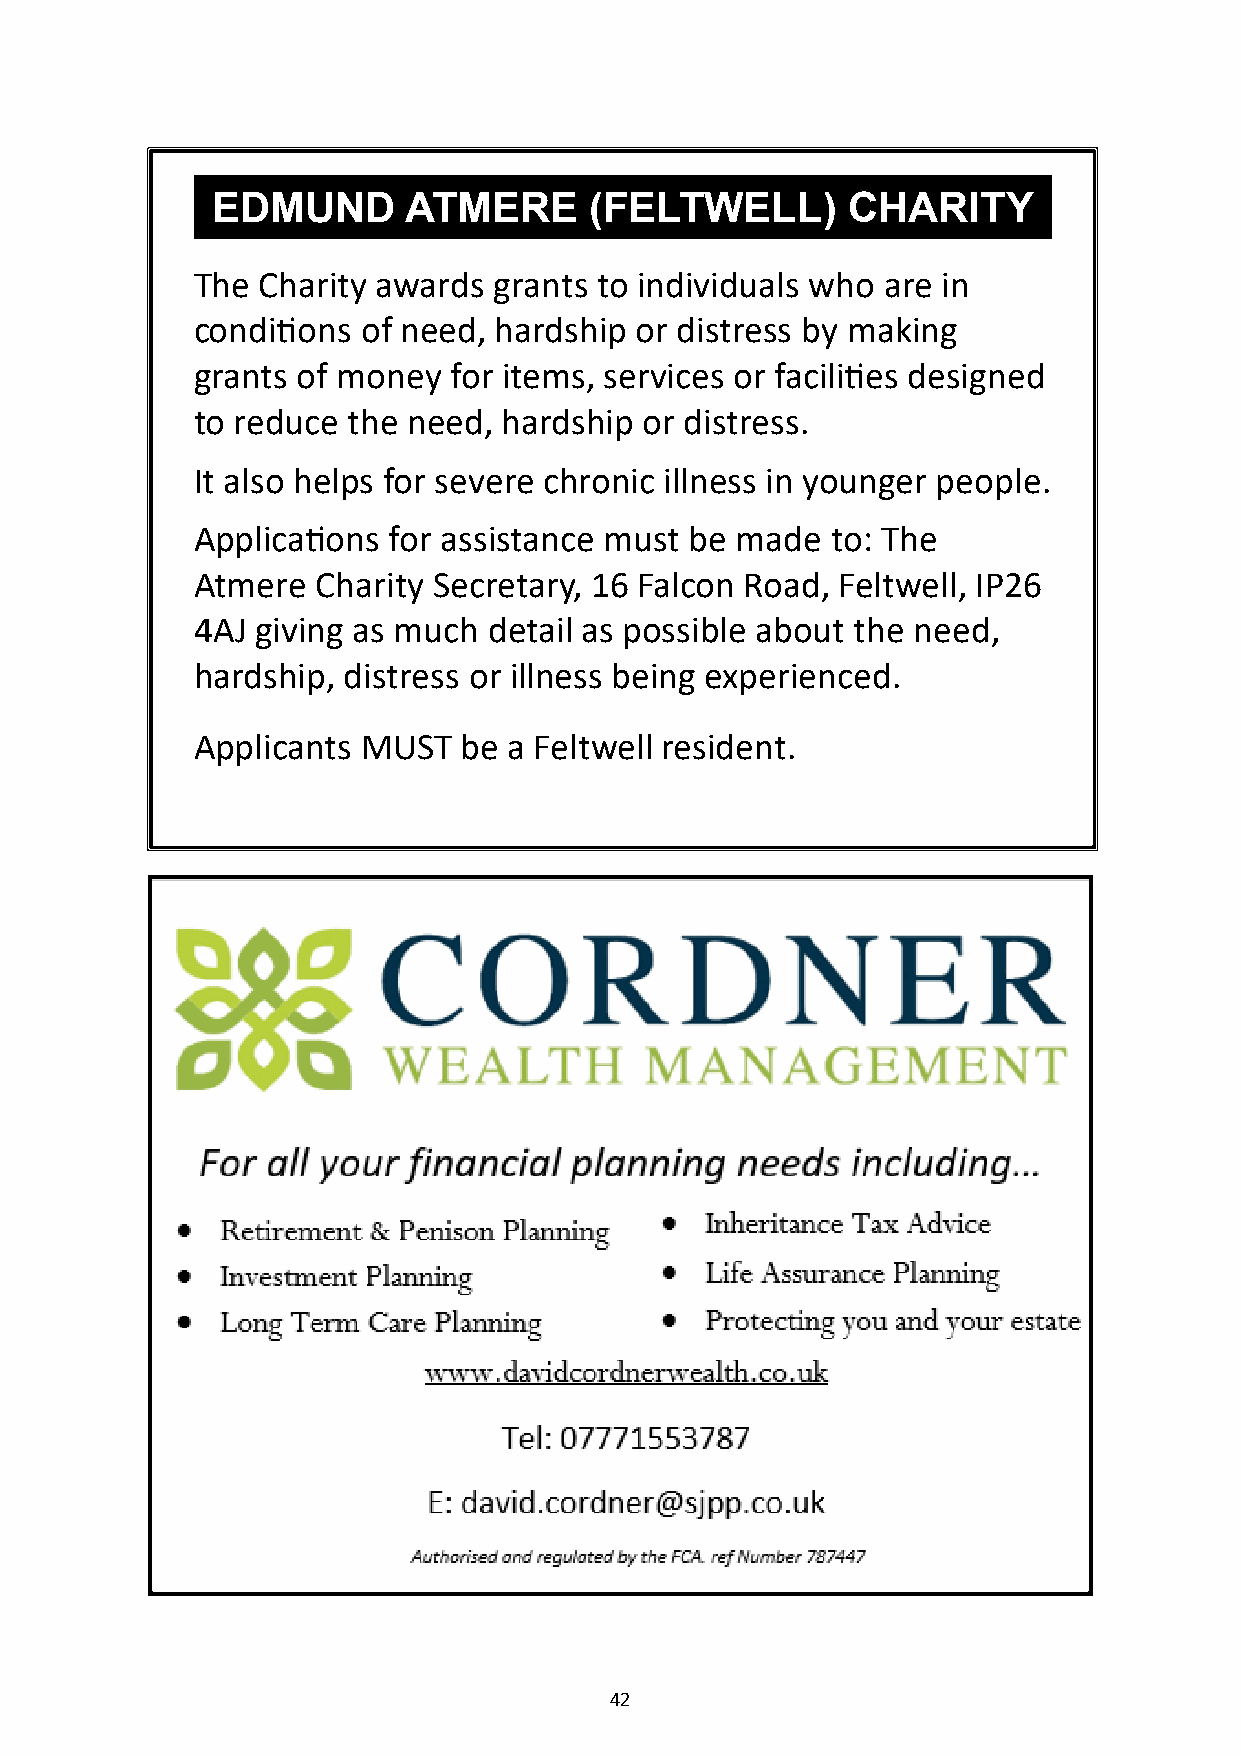
EDMUND       ATMERE      (FELTWELL)       CHARITY
 The Charity awards  grants to individuals who are in
 conditions of need, hardship or distress by making
 grants of money  for items, services or facilities designed
 to reduce the need, hardship  or distress.
 It also helps for severe chronic illness in younger people.
 Applications for assistance must be made  to: The
 Atmere  Charity Secretary, 16 Falcon Road, Feltwell, IP26
 4AJ giving as much detail as possible about the need,
 hardship, distress or illness being experienced.
 Applicants MUST  be  a Feltwell resident.
 42